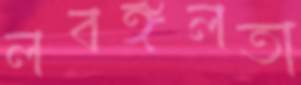
লবঙ্গলতা